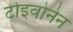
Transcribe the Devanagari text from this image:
टोइवोनेन